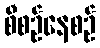
စီစဉ်နေစဉ်